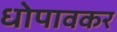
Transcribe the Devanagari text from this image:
धोपावकर